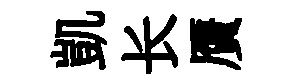
凱长贋